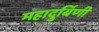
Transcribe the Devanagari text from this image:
महादुर्बिणी